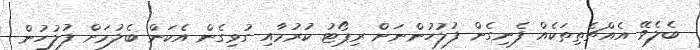
ބެލެވޭ އެއްޗެތިތަކެއް ފެނިގެން ފުލުހުންނަށް ރިޕޯޓު ކުރުމާއި ގުޅިގެން އެކަން ބެލުމަށް ފުލުހުން